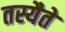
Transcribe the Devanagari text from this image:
तस्यैते